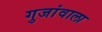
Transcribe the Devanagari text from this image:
गुजांवाला